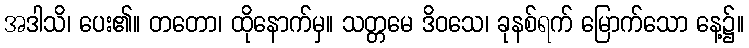
အဒါသိ၊ ပေး၏။ တတော၊ ထိုနောက်မှ။ သတ္တမေ ဒိဝသေ၊ ခုနစ်ရက် မြောက်သော နေ့၌။